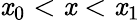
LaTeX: \mathit{x}_{0}<\mathit{x}<\mathit{x}_{1}